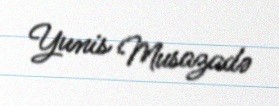
Yunis Musazadə